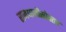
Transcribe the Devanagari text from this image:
राजधानीसोबतच